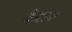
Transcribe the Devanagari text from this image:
केरल।